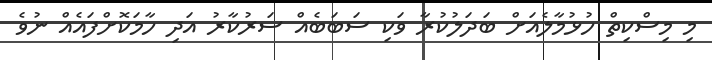
މި މިސްކިތް ހުޅުމާލެއަށް ބަދަލުކުރާ ވަކި ސަބަބެއް ސަރުކާރު އަދި ހާމަކޮށްފައެއް ނުވެ